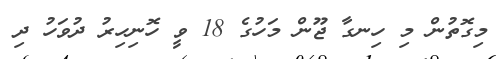
މިގޮތުން މި ހިނގާ ޖޫން މަހުގެ 18 ވީ ހޮނިހިރު ދުވަހު ދި